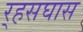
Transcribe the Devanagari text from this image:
र्‍हसघास